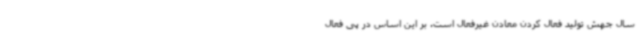
سال جهش تولید فعال کردن معادن غیرفعال است. بر این اساس در پی فعال